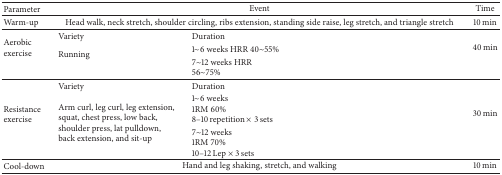
<table><thead><tr><td><b>Parameter</b></td><td colspan="2"><b>Event</b></td><td><b>Time</b></td></tr></thead><tbody><tr><td>Warm-up</td><td colspan="2">Head walk, neck stretch, shoulder circling, ribs extension, standing side raise, leg stretch, and triangle stretch</td><td>10 min</td></tr><tr><td rowspan="3">Aerobic exercise</td><td>Variety</td><td>Duration</td><td rowspan="3">40 min</td></tr><tr><td rowspan="2">Running</td><td>1~6 weeks HRR 40~55%</td></tr><tr><td>7~12 weeks HRR 56~75%</td></tr><tr><td> </td><td>Variety </td><td>Duration </td><td> </td></tr><tr><td rowspan="2">Resistance exercise</td><td rowspan="2">Arm curl, leg curl, leg extension, squat, chest press, low back, shoulder press, lat pulldown, back extension, and sit-up</td><td>1~6 weeks 1RM 60% 8–10 repetition × 3 sets</td><td rowspan="2">30 min</td></tr><tr><td>7~12 weeks 1RM 70% 10–12 Lep × 3 sets</td></tr><tr><td>Cool-down</td><td colspan="2">Hand and leg shaking, stretch, and walking</td><td>10 min</td></tr></tbody></table>